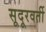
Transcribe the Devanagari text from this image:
सूदूरवर्ती